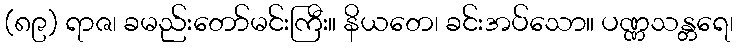
(၈၉) ရာဇ၊ ခမည်းတော်မင်းကြီး။ နိယတေ၊ ခင်းအပ်သော။ ပဏ္ဏသန္တရေ၊